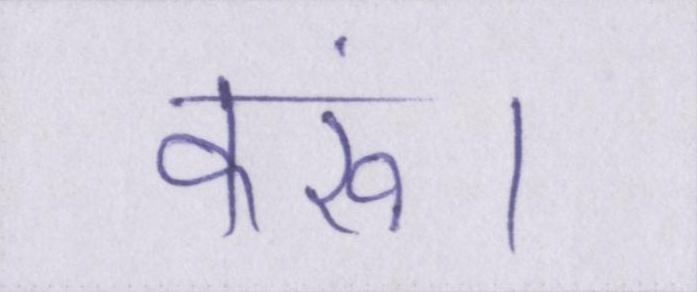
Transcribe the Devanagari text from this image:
करूं।